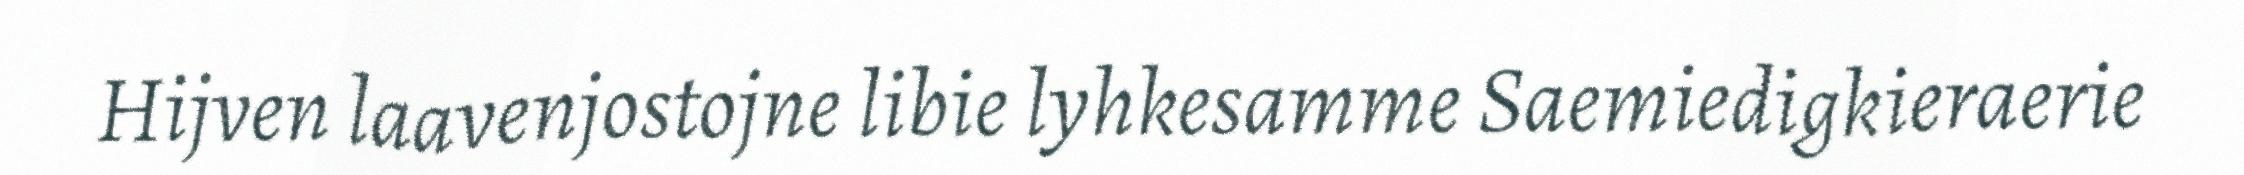
Hijven laavenjostojne libie lyhkesamme Saemiedigkieraerie